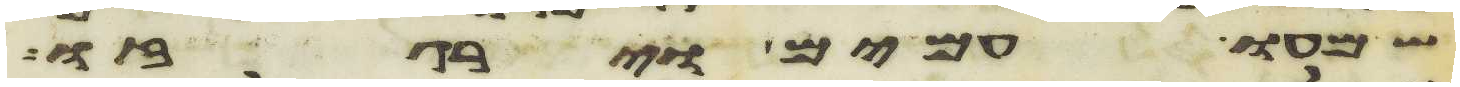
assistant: שמעו עמים וירגזו